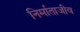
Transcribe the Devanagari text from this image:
निर्माताजीव